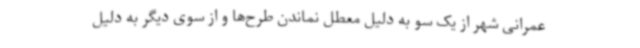
عمرانی شهر از یک سو به دلیل معطل نماندن طرح‌ها و از سوی دیگر به دلیل